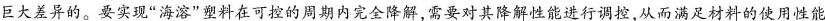
巨大差异的。要实现”海溶”塑料在可控的周期内完全降解，需要对其降解性能进行调控，从而满足材料的使用性能